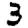
Digit: 3